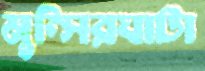
মুন্সিরঘাটা